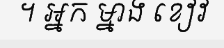
។ អ្នក ម្នាង ខៀវ